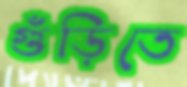
গুঁড়িতে